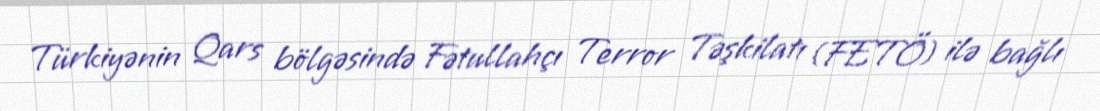
Türkiyənin Qars bölgəsində Fətullahçı Terror Təşkilatı (FETÖ) ilə bağlı